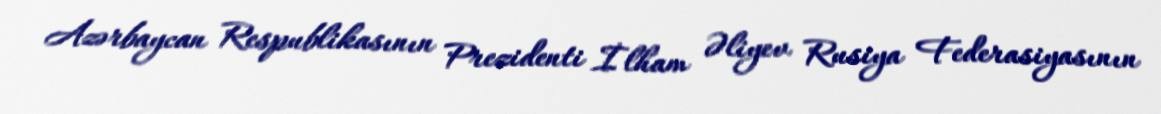
Azərbaycan Respublikasının Prezidenti İlham Əliyev Rusiya Federasiyasının